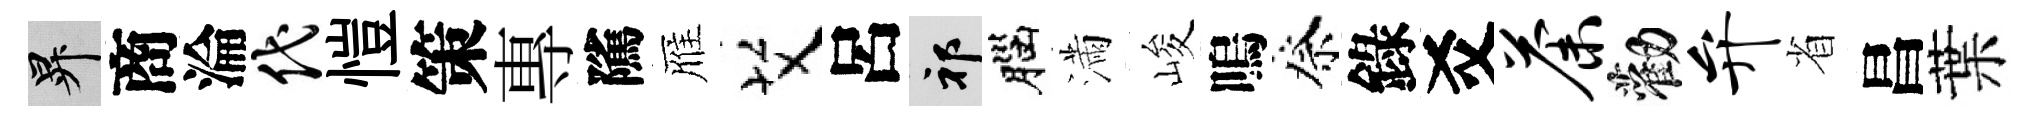
升商淪代愷策專隲雁艾呂祁腦滿峻嗚祭錄爻荼勸弁省昌葉